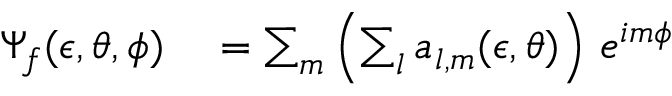
\begin{array} { r l } { \Psi _ { f } ( \epsilon , \theta , \phi ) } & { { } = \sum _ { m } \left( \sum _ { l } a _ { l , m } ( \epsilon , \theta ) \right) \, e ^ { i m \phi } } \end{array}